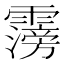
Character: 霶